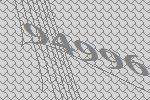
94996